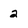
Character: 2